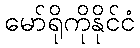
မော်ရိုကိုနိုင်ငံ